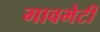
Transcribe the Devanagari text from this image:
गावभेटी